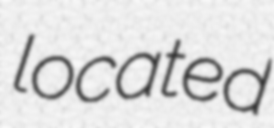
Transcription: located